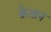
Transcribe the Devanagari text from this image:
क्रेतान